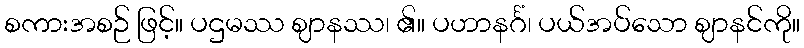
စကားအစဉ် ဖြင့်။ ပဌမဿ ဈာနဿ၊ ၏။ ပဟာနင်္ဂံ၊ ပယ်အပ်သော ဈာနင်ကို။